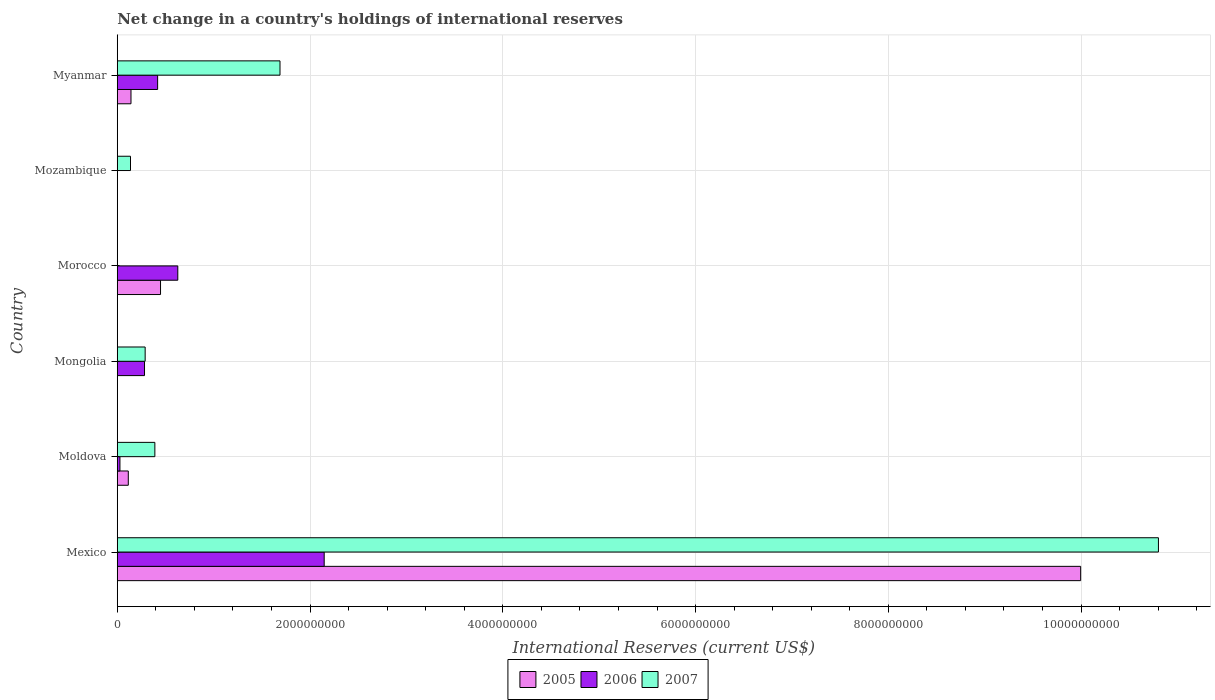
| Country | 2005 | 2006 | 2007 |
 | --- | --- | --- | --- |
 | Mexico | 1e+10 | 2.15e+09 | 1.08e+10 |
 | Moldova | 1.14e+08 | 2.75e+07 | 3.9e+08 |
 | Mongolia | -3.44e+07 | 2.83e+08 | 2.89e+08 |
 | Morocco | 4.49e+08 | 6.28e+08 | -8.4e+08 |
 | Mozambique | -1.97e+08 | -1.64e+09 | 1.37e+08 |
 | Myanmar | 1.42e+08 | 4.19e+08 | 1.69e+09 |